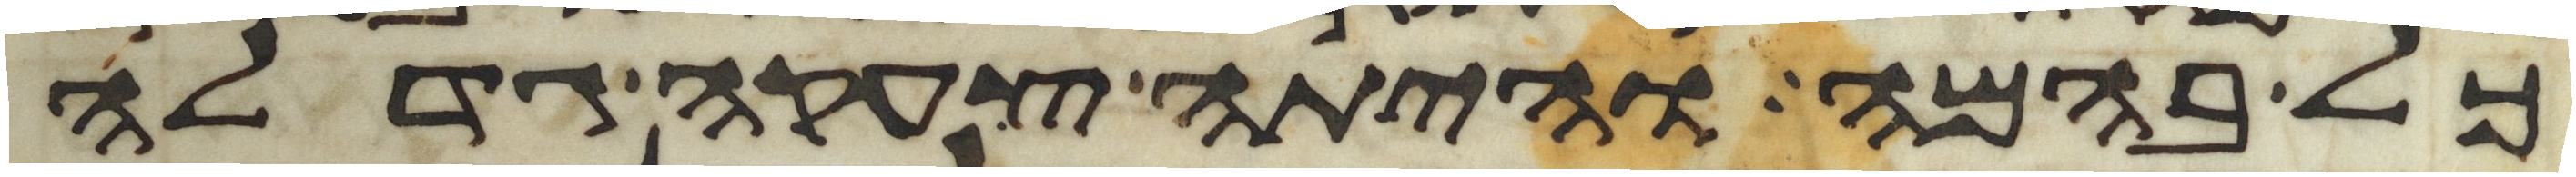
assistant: כל בהמה והיתה צעקה גדלה